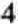
4